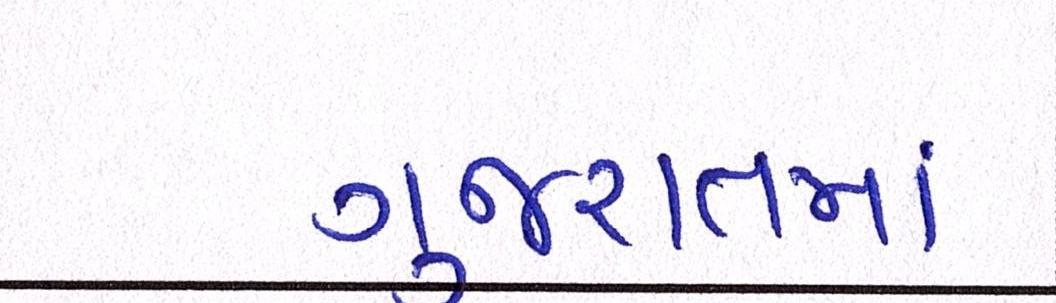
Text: ગુજરાતમાં